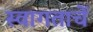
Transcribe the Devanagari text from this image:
स्वागताचें